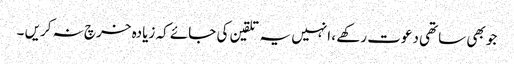
جو بھی ساتھی دعوت رکھے ، انہیں یہ تلقین کی جائے کہ زیادہ خرچ نہ کریں ۔